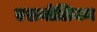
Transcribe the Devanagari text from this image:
एशमोलियन